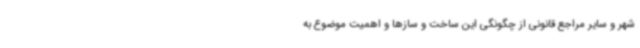
شهر و سایر مراجع قانونی از چگونگی این ساخت و سازها و اهمیت موضوع به